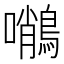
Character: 𪄨